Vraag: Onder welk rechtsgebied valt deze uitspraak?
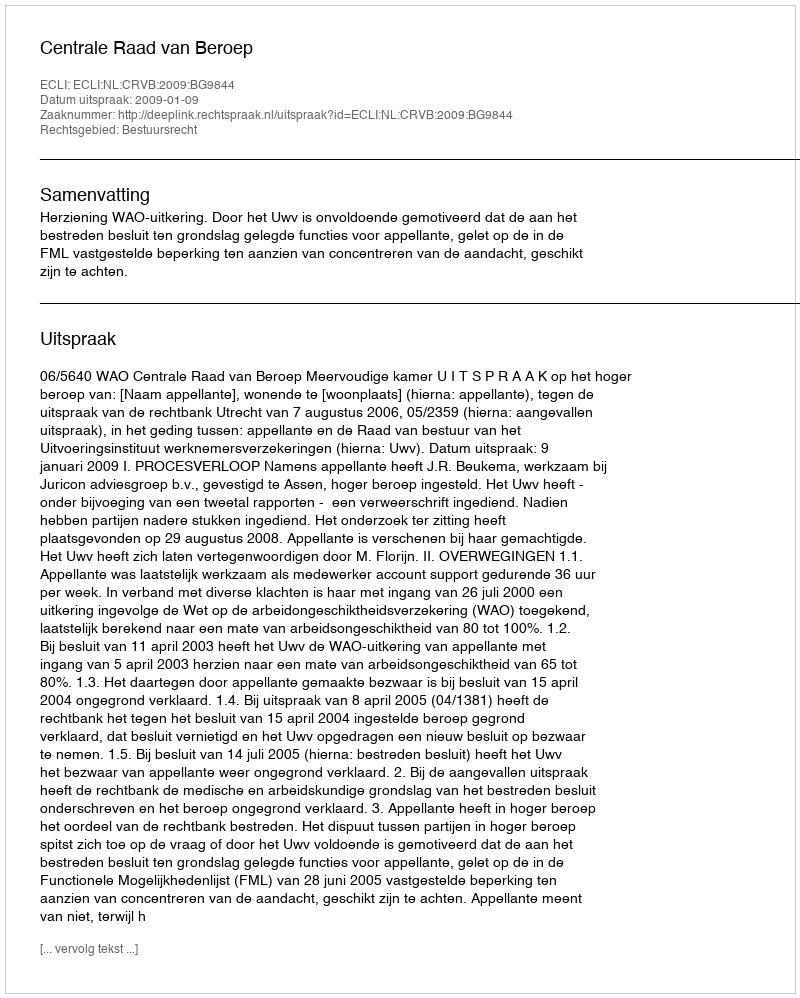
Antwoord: Bestuursrecht